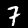
Label: 7